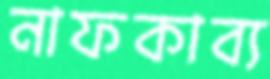
নাফকাব্য